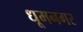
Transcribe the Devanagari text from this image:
धूमनगर